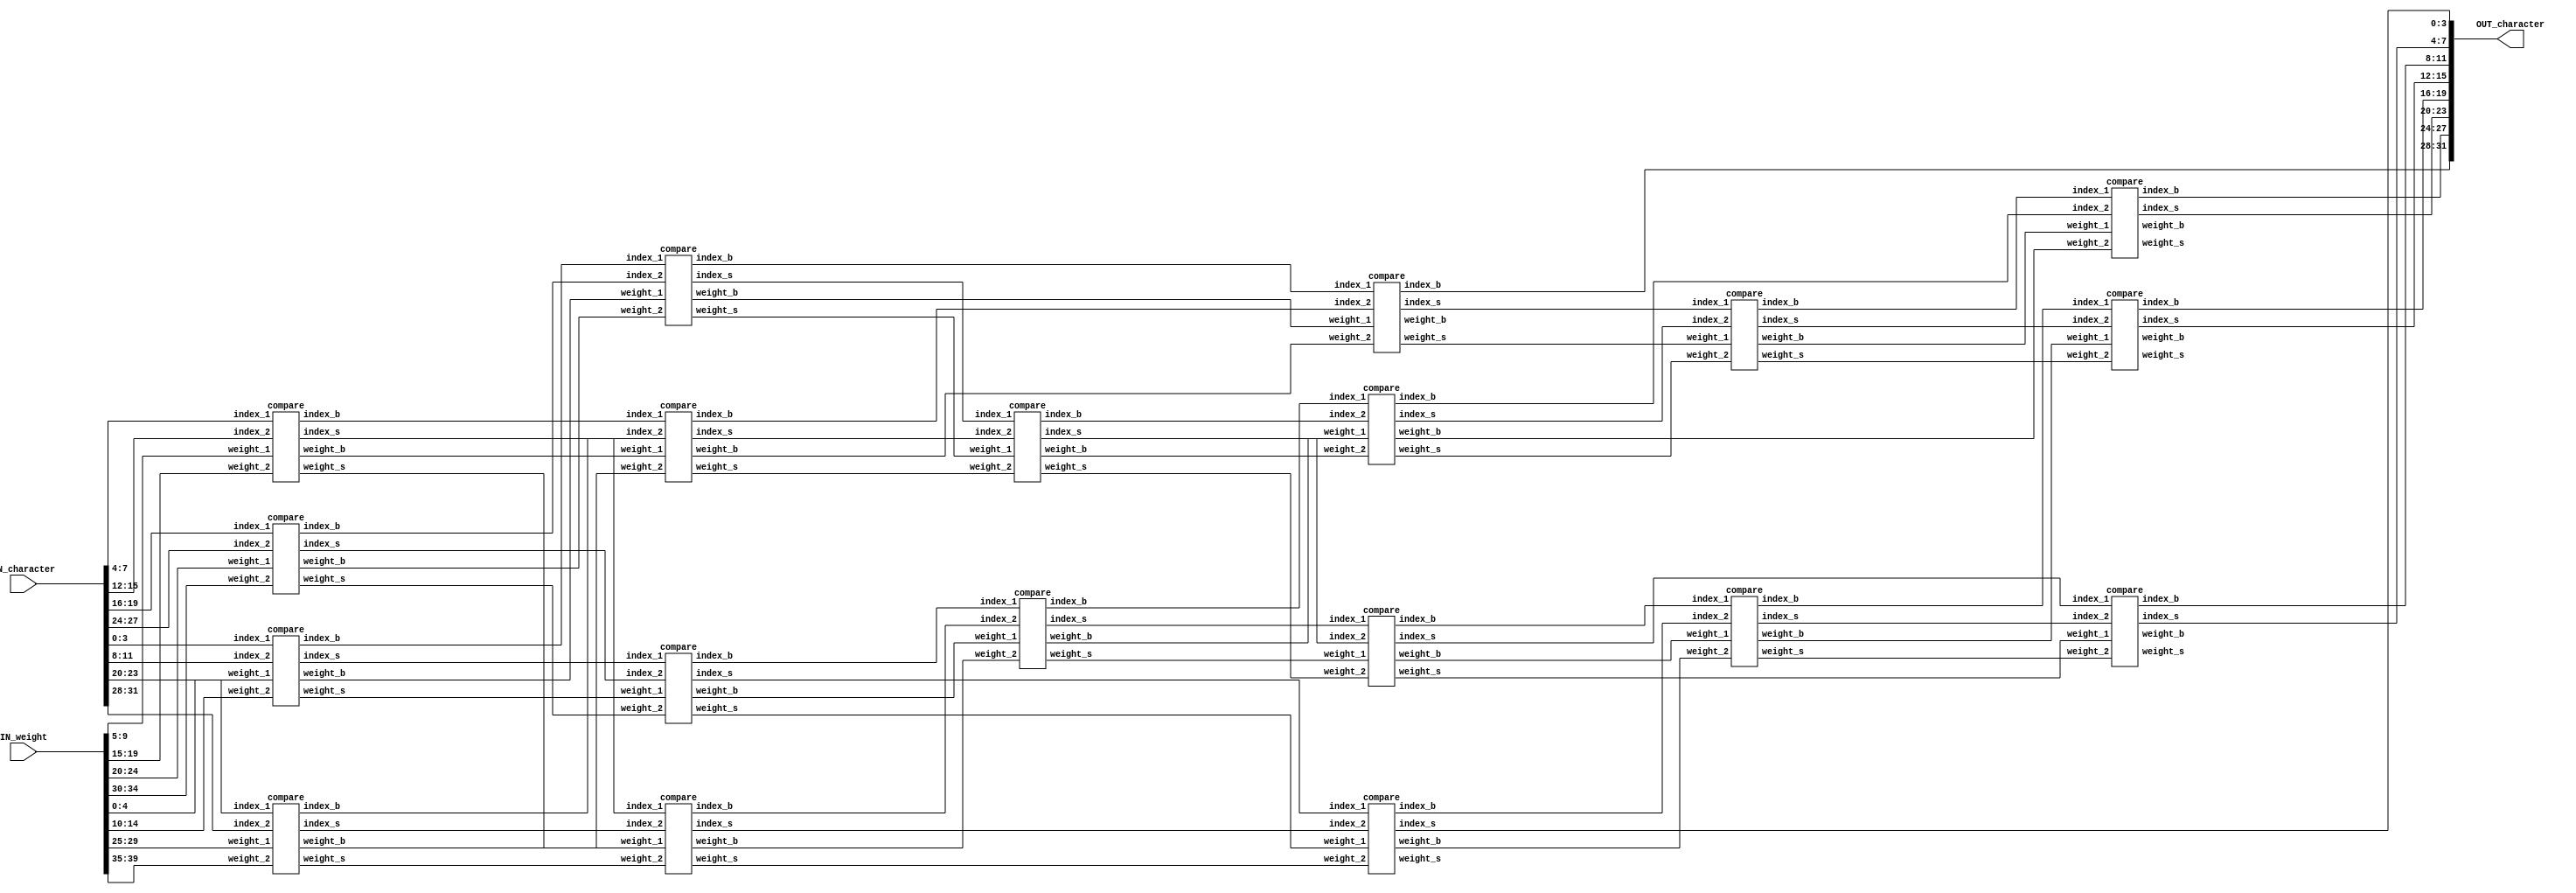
//############################################################################
//++++++++++++++++++++++++++++++++++++++++++++++++++++++++++++++++++++++++++++
//    (C) Copyright System Integration and Silicon Implementation Laboratory
//    All Right Reserved
//		Version		: v1.0
//   	Module Name : SORT_IP
//++++++++++++++++++++++++++++++++++++++++++++++++++++++++++++++++++++++++++++
//############################################################################
module SORT_IP #(parameter IP_WIDTH = 8) (
    // Input signals
    IN_character, IN_weight,
    // Output signals
    OUT_character
);

// ===============================================================
// Input & Output
// ===============================================================
input [IP_WIDTH*4-1:0]  IN_character;
input [IP_WIDTH*5-1:0]  IN_weight;

output [IP_WIDTH*4-1:0] OUT_character;

// ===============================================================
// Design
// ===============================================================

generate
    if(IP_WIDTH == 3) 
    begin
        wire [3:0] index[0:2];
        wire [4:0] weight[0:2];
        wire [4:0] w[0:5];
        wire [3:0] i[0:5];

        assign index[0] = IN_character[3:0];
        assign index[1] = IN_character[7:4];
        assign index[2] = IN_character[11:8];
        assign weight[0] = IN_weight[4:0];
        assign weight[1] = IN_weight[9:5];
        assign weight[2] = IN_weight[14:10];   

        compare c0(.index_1(index[0]) ,.index_2(index[2]),.weight_1(weight[0]),.weight_2(weight[2]),.index_b(i[0]),.index_s(i[1]),.weight_b(w[0]), .weight_s(w[1]));
        compare c1(.index_1(i[0]) ,.index_2(index[1]),.weight_1(w[0]),.weight_2(weight[1]),.index_b(i[2]),.index_s(i[3]),.weight_b(w[2]), .weight_s(w[3]));
        compare c2(.index_1(i[3]) ,.index_2(i[1]),.weight_1(w[3]),.weight_2(w[1]),.index_b(i[4]),.index_s(i[5]),.weight_b(w[4]), .weight_s(w[5]));

        assign OUT_character = {i[2],i[4],i[5]};
    end

    else if(IP_WIDTH == 4)
    begin
        wire [3:0] index[0:3];
        wire [4:0] weight[0:3];

        wire [3:0] i[0:9];
        wire [4:0] w[0:9];

        assign index[0] = IN_character[3:0];
        assign index[1] = IN_character[7:4];
        assign index[2] = IN_character[11:8];
        assign index[3] = IN_character[15:12];

        assign weight[0] = IN_weight[4:0];
        assign weight[1] = IN_weight[9:5];
        assign weight[2] = IN_weight[14:10];
        assign weight[3] = IN_weight[19:15];

        compare c0(.index_1(index[0]) ,.index_2(index[2]),.weight_1(weight[0]),.weight_2(weight[2]),.index_b(i[0]),.index_s(i[2]),.weight_b(w[0]), .weight_s(w[2]));
        compare c1(.index_1(index[1]) ,.index_2(index[3]),.weight_1(weight[1]),.weight_2(weight[3]),.index_b(i[1]),.index_s(i[3]),.weight_b(w[1]), .weight_s(w[3]));

        compare c2(.index_1(i[0]) ,.index_2(i[1]),.weight_1(w[0]),.weight_2(w[1]),.index_b(i[4]),.index_s(i[5]),.weight_b(w[4]), .weight_s(w[5]));
        compare c3(.index_1(i[2]) ,.index_2(i[3]),.weight_1(w[2]),.weight_2(w[3]),.index_b(i[6]),.index_s(i[7]),.weight_b(w[6]), .weight_s(w[7]));

        compare c4(.index_1(i[5]) ,.index_2(i[6]),.weight_1(w[5]),.weight_2(w[6]),.index_b(i[8]),.index_s(i[9]),.weight_b(w[8]), .weight_s(w[9]));

        assign OUT_character = {i[4],i[8],i[9],i[7]};
    end

    else if(IP_WIDTH == 5)
    begin
        wire [3:0] index[0:4];
        wire [4:0] weight[0:4];
        wire [3:0] i[0:17];
        wire [4:0] w[0:17];

        assign index[0] = IN_character[3:0];
        assign index[1] = IN_character[7:4];
        assign index[2] = IN_character[11:8];
        assign index[3] = IN_character[15:12];
        assign index[4] = IN_character[19:16];

        assign weight[0] = IN_weight[4:0];
        assign weight[1] = IN_weight[9:5];
        assign weight[2] = IN_weight[14:10];
        assign weight[3] = IN_weight[19:15];
        assign weight[4] = IN_weight[24:20];

        compare c0(.index_1(index[0]) ,.index_2(index[3]),.weight_1(weight[0]),.weight_2(weight[3]),.index_b(i[0]),.index_s(i[2]),.weight_b(w[0]), .weight_s(w[2]));
        compare c1(.index_1(index[1]) ,.index_2(index[4]),.weight_1(weight[1]),.weight_2(weight[4]),.index_b(i[1]),.index_s(i[3]),.weight_b(w[1]), .weight_s(w[3]));

        compare c2(.index_1(i[0]) ,.index_2(index[2]),.weight_1(w[0]),.weight_2(weight[2]),.index_b(i[4]),.index_s(i[6]),.weight_b(w[4]), .weight_s(w[6]));
        compare c3(.index_1(i[1]) ,.index_2(i[2]),.weight_1(w[1]),.weight_2(w[2]),.index_b(i[5]),.index_s(i[7]),.weight_b(w[5]), .weight_s(w[7]));

        compare c4(.index_1(i[4]) ,.index_2(i[5]),.weight_1(w[4]),.weight_2(w[5]),.index_b(i[8]),.index_s(i[9]),.weight_b(w[8]), .weight_s(w[9]));
        compare c5(.index_1(i[6]) ,.index_2(i[3]),.weight_1(w[6]),.weight_2(w[3]),.index_b(i[10]),.index_s(i[11]),.weight_b(w[10]), .weight_s(w[11])); 

        compare c6(.index_1(i[9]) ,.index_2(i[10]),.weight_1(w[9]),.weight_2(w[10]),.index_b(i[12]),.index_s(i[13]),.weight_b(w[12]), .weight_s(w[13]));
        compare c7(.index_1(i[7]) ,.index_2(i[11]),.weight_1(w[7]),.weight_2(w[11]),.index_b(i[14]),.index_s(i[15]),.weight_b(w[14]), .weight_s(w[15])); 

        compare c8(.index_1(i[13]) ,.index_2(i[14]),.weight_1(w[13]),.weight_2(w[14]),.index_b(i[16]),.index_s(i[17]),.weight_b(w[16]), .weight_s(w[17]));    

        assign OUT_character = {i[8],i[12],i[16],i[17],i[15]};       
    end

    else if(IP_WIDTH == 6)
    begin
        wire [3:0] index[0:5];
        wire [4:0] weight[0:5];
        wire [3:0] i[0:23];
        wire [4:0] w[0:23];

        assign index[0] = IN_character[3:0];
        assign index[1] = IN_character[7:4];
        assign index[2] = IN_character[11:8];
        assign index[3] = IN_character[15:12];
        assign index[4] = IN_character[19:16];
        assign index[5] = IN_character[23:20];

        assign weight[0] = IN_weight[4:0];
        assign weight[1] = IN_weight[9:5];
        assign weight[2] = IN_weight[14:10];
        assign weight[3] = IN_weight[19:15];
        assign weight[4] = IN_weight[24:20];
        assign weight[5] = IN_weight[29:25];

        compare c0(.index_1(index[0]) ,.index_2(index[5]),.weight_1(weight[0]),.weight_2(weight[5]),.index_b(i[0]),.index_s(i[5]),.weight_b(w[0]), .weight_s(w[5]));
        compare c1(.index_1(index[1]) ,.index_2(index[3]),.weight_1(weight[1]),.weight_2(weight[3]),.index_b(i[1]),.index_s(i[3]),.weight_b(w[1]), .weight_s(w[3]));
        compare c2(.index_1(index[2]) ,.index_2(index[4]),.weight_1(weight[2]),.weight_2(weight[4]),.index_b(i[2]),.index_s(i[4]),.weight_b(w[2]), .weight_s(w[4]));

        compare c3(.index_1(i[1]) ,.index_2(i[2]),.weight_1(w[1]),.weight_2(w[2]),.index_b(i[6]),.index_s(i[7]),.weight_b(w[6]), .weight_s(w[7]));
        compare c4(.index_1(i[3]) ,.index_2(i[4]),.weight_1(w[3]),.weight_2(w[4]),.index_b(i[8]),.index_s(i[9]),.weight_b(w[8]), .weight_s(w[9]));

        compare c5(.index_1(i[0]) ,.index_2(i[8]),.weight_1(w[0]),.weight_2(w[8]),.index_b(i[10]),.index_s(i[12]),.weight_b(w[10]), .weight_s(w[12]));
        compare c6(.index_1(i[7]) ,.index_2(i[5]),.weight_1(w[7]),.weight_2(w[5]),.index_b(i[11]),.index_s(i[13]),.weight_b(w[11]), .weight_s(w[13]));

        compare c7(.index_1(i[10]) ,.index_2(i[6]),.weight_1(w[10]),.weight_2(w[6]),.index_b(i[14]),.index_s(i[15]),.weight_b(w[14]), .weight_s(w[15]));
        compare c8(.index_1(i[11]) ,.index_2(i[12]),.weight_1(w[11]),.weight_2(w[12]),.index_b(i[16]),.index_s(i[17]),.weight_b(w[16]), .weight_s(w[17]));
        compare c9(.index_1(i[9]) ,.index_2(i[13]),.weight_1(w[9]),.weight_2(w[13]),.index_b(i[18]),.index_s(i[19]),.weight_b(w[18]), .weight_s(w[19]));

        compare c10(.index_1(i[15]) ,.index_2(i[16]),.weight_1(w[15]),.weight_2(w[16]),.index_b(i[20]),.index_s(i[21]),.weight_b(w[20]), .weight_s(w[21]));
        compare c11(.index_1(i[17]) ,.index_2(i[18]),.weight_1(w[17]),.weight_2(w[18]),.index_b(i[22]),.index_s(i[23]),.weight_b(w[22]), .weight_s(w[23]));

        assign OUT_character = {i[14],i[20],i[21],i[22],i[23],i[19]};
    end

    else if(IP_WIDTH == 7)
    begin
        wire [3:0] index[0:6];
        wire [4:0] weight[0:6];
        wire [3:0] i[0:31];
        wire [4:0] w[0:31];

        assign index[0] = IN_character[3:0];
        assign index[1] = IN_character[7:4];
        assign index[2] = IN_character[11:8];
        assign index[3] = IN_character[15:12];
        assign index[4] = IN_character[19:16];
        assign index[5] = IN_character[23:20];
        assign index[6] = IN_character[27:24];

        assign weight[0] = IN_weight[4:0];
        assign weight[1] = IN_weight[9:5];
        assign weight[2] = IN_weight[14:10];
        assign weight[3] = IN_weight[19:15];
        assign weight[4] = IN_weight[24:20];
        assign weight[5] = IN_weight[29:25];
        assign weight[6] = IN_weight[34:30];

        compare c0(.index_1(index[0]) ,.index_2(index[6]),.weight_1(weight[0]),.weight_2(weight[6]),.index_b(i[0]),.index_s(i[1]),.weight_b(w[0]), .weight_s(w[1]));
        compare c1(.index_1(index[2]) ,.index_2(index[3]),.weight_1(weight[2]),.weight_2(weight[3]),.index_b(i[2]),.index_s(i[3]),.weight_b(w[2]), .weight_s(w[3]));
        compare c2(.index_1(index[4]) ,.index_2(index[5]),.weight_1(weight[4]),.weight_2(weight[5]),.index_b(i[4]),.index_s(i[5]),.weight_b(w[4]), .weight_s(w[5]));
        
        compare c3(.index_1(index[1]) ,.index_2(i[4]),.weight_1(weight[1]),.weight_2(w[4]),.index_b(i[6]),.index_s(i[7]),.weight_b(w[6]), .weight_s(w[7]));
        compare c4(.index_1(i[0]) ,.index_2(i[2]),.weight_1(w[0]),.weight_2(w[2]),.index_b(i[8]),.index_s(i[9]),.weight_b(w[8]), .weight_s(w[9]));
        compare c5(.index_1(i[3]) ,.index_2(i[1]),.weight_1(w[3]),.weight_2(w[1]),.index_b(i[10]),.index_s(i[11]),.weight_b(w[10]), .weight_s(w[11]));
        
        compare c6(.index_1(i[8]) ,.index_2(i[6]),.weight_1(w[8]),.weight_2(w[6]),.index_b(i[12]),.index_s(i[13]),.weight_b(w[12]), .weight_s(w[13]));
        compare c7(.index_1(i[10]) ,.index_2(i[7]),.weight_1(w[10]),.weight_2(w[7]),.index_b(i[14]),.index_s(i[15]),.weight_b(w[14]), .weight_s(w[15]));
        compare c8(.index_1(i[9]) ,.index_2(i[5]),.weight_1(w[9]),.weight_2(w[5]),.index_b(i[16]),.index_s(i[17]),.weight_b(w[16]), .weight_s(w[17]));
        
        compare c9(.index_1(i[13]) ,.index_2(i[16]),.weight_1(w[13]),.weight_2(w[16]),.index_b(i[18]),.index_s(i[19]),.weight_b(w[18]), .weight_s(w[19]));
        compare c10(.index_1(i[15]) ,.index_2(i[11]),.weight_1(w[15]),.weight_2(w[11]),.index_b(i[20]),.index_s(i[21]),.weight_b(w[20]), .weight_s(w[21]));
        
        compare c11(.index_1(i[19]) ,.index_2(i[14]),.weight_1(w[19]),.weight_2(w[14]),.index_b(i[22]),.index_s(i[23]),.weight_b(w[22]), .weight_s(w[23]));
        compare c12(.index_1(i[20]) ,.index_2(i[17]),.weight_1(w[20]),.weight_2(w[17]),.index_b(i[24]),.index_s(i[25]),.weight_b(w[24]), .weight_s(w[25]));
        
        compare c13(.index_1(i[18]) ,.index_2(i[22]),.weight_1(w[18]),.weight_2(w[22]),.index_b(i[26]),.index_s(i[27]),.weight_b(w[26]), .weight_s(w[27]));
        compare c14(.index_1(i[23]) ,.index_2(i[24]),.weight_1(w[23]),.weight_2(w[24]),.index_b(i[28]),.index_s(i[29]),.weight_b(w[28]), .weight_s(w[29]));
        compare c15(.index_1(i[25]) ,.index_2(i[21]),.weight_1(w[25]),.weight_2(w[21]),.index_b(i[30]),.index_s(i[31]),.weight_b(w[30]), .weight_s(w[31]));

        assign OUT_character = {i[12],i[26],i[27],i[28],i[29],i[30],i[31]};
    end

    else if(IP_WIDTH == 8)
    begin
        wire [3:0] index[7:0];
        wire [4:0] weight[7:0];
        wire [3:0] i[0:37];
        wire [4:0] w[0:37];

        assign index[0] = IN_character[3:0];
        assign index[1] = IN_character[7:4];
        assign index[2] = IN_character[11:8];
        assign index[3] = IN_character[15:12];
        assign index[4] = IN_character[19:16];
        assign index[5] = IN_character[23:20];
        assign index[6] = IN_character[27:24];
        assign index[7] = IN_character[31:28];

        assign weight[0] = IN_weight[4:0];
        assign weight[1] = IN_weight[9:5];
        assign weight[2] = IN_weight[14:10];
        assign weight[3] = IN_weight[19:15];
        assign weight[4] = IN_weight[24:20];
        assign weight[5] = IN_weight[29:25];
        assign weight[6] = IN_weight[34:30];
        assign weight[7] = IN_weight[39:35];

        compare c0(.index_1(index[1]) ,.index_2(index[3]),.weight_1(weight[1]),.weight_2(weight[3]),.index_b(i[0]),.index_s(i[1]),.weight_b(w[0]), .weight_s(w[1]));
        compare c1(.index_1(index[4]) ,.index_2(index[6]),.weight_1(weight[4]),.weight_2(weight[6]),.index_b(i[2]),.index_s(i[3]),.weight_b(w[2]), .weight_s(w[3]));
        compare c2(.index_1(index[0]) ,.index_2(index[2]),.weight_1(weight[0]),.weight_2(weight[2]),.index_b(i[4]),.index_s(i[5]),.weight_b(w[4]), .weight_s(w[5]));
        compare c3(.index_1(index[5]) ,.index_2(index[7]),.weight_1(weight[5]),.weight_2(weight[7]),.index_b(i[6]),.index_s(i[7]),.weight_b(w[6]), .weight_s(w[7]));

        compare c4(.index_1(i[4]) ,.index_2(i[2]),.weight_1(w[4]),.weight_2(w[2]),.index_b(i[8]),.index_s(i[9]),.weight_b(w[8]), .weight_s(w[9]));
        compare c5(.index_1(i[0]) ,.index_2(i[6]),.weight_1(w[0]),.weight_2(w[6]),.index_b(i[10]),.index_s(i[11]),.weight_b(w[10]), .weight_s(w[11]));     
        compare c6(.index_1(i[5]) ,.index_2(i[3]),.weight_1(w[5]),.weight_2(w[3]),.index_b(i[12]),.index_s(i[13]),.weight_b(w[12]), .weight_s(w[13]));
        compare c7(.index_1(i[1]) ,.index_2(i[7]),.weight_1(w[1]),.weight_2(w[7]),.index_b(i[14]),.index_s(i[15]),.weight_b(w[14]), .weight_s(w[15]));

        compare c8(.index_1(i[8]) ,.index_2(i[10]),.weight_1(w[8]),.weight_2(w[10]),.index_b(i[16]),.index_s(i[17]),.weight_b(w[16]), .weight_s(w[17]));
        compare c9(.index_1(i[12]) ,.index_2(i[14]),.weight_1(w[12]),.weight_2(w[14]),.index_b(i[18]),.index_s(i[19]),.weight_b(w[18]), .weight_s(w[19]));
        compare c10(.index_1(i[9]) ,.index_2(i[11]),.weight_1(w[9]),.weight_2(w[11]),.index_b(i[20]),.index_s(i[21]),.weight_b(w[20]), .weight_s(w[21]));
        compare c11(.index_1(i[13]) ,.index_2(i[15]),.weight_1(w[13]),.weight_2(w[15]),.index_b(i[22]),.index_s(i[23]),.weight_b(w[22]), .weight_s(w[23]));

        compare c12(.index_1(i[18]) ,.index_2(i[20]),.weight_1(w[18]),.weight_2(w[20]),.index_b(i[24]),.index_s(i[25]),.weight_b(w[24]), .weight_s(w[25]));
        compare c13(.index_1(i[19]) ,.index_2(i[21]),.weight_1(w[19]),.weight_2(w[21]),.index_b(i[26]),.index_s(i[27]),.weight_b(w[26]), .weight_s(w[27]));
        compare c14(.index_1(i[17]) ,.index_2(i[25]),.weight_1(w[17]),.weight_2(w[25]),.index_b(i[28]),.index_s(i[29]),.weight_b(w[28]), .weight_s(w[29]));
        compare c15(.index_1(i[26]) ,.index_2(i[22]),.weight_1(w[26]),.weight_2(w[22]),.index_b(i[30]),.index_s(i[31]),.weight_b(w[30]), .weight_s(w[31]));

        compare c16(.index_1(i[28]) ,.index_2(i[24]),.weight_1(w[28]),.weight_2(w[24]),.index_b(i[32]),.index_s(i[33]),.weight_b(w[32]), .weight_s(w[33]));
        compare c17(.index_1(i[30]) ,.index_2(i[29]),.weight_1(w[30]),.weight_2(w[29]),.index_b(i[34]),.index_s(i[35]),.weight_b(w[34]), .weight_s(w[35]));
        compare c18(.index_1(i[27]) ,.index_2(i[31]),.weight_1(w[27]),.weight_2(w[31]),.index_b(i[36]),.index_s(i[37]),.weight_b(w[36]), .weight_s(w[37]));

        assign OUT_character = {i[16],i[32],i[33],i[34],i[35],i[36],i[37],i[23]};
    end

    else
    begin
        wire [3:0] index[0:2];
        wire [4:0] weight[0:2];
        wire [4:0] w[0:5];
        wire [3:0] i[0:5];

        assign index[0] = IN_character[3:0];
        assign index[1] = IN_character[7:4];
        assign index[2] = IN_character[11:8];
        assign weight[0] = IN_weight[4:0];
        assign weight[1] = IN_weight[9:5];
        assign weight[2] = IN_weight[14:10];   

        compare c0(.index_1(index[0]) ,.index_2(index[2]),.weight_1(weight[0]),.weight_2(weight[2]),.index_b(i[0]),.index_s(i[1]),.weight_b(w[0]), .weight_s(w[1]));
        compare c1(.index_1(i[0]) ,.index_2(index[1]),.weight_1(w[0]),.weight_2(weight[1]),.index_b(i[2]),.index_s(i[3]),.weight_b(w[2]), .weight_s(w[3]));
        compare c2(.index_1(i[3]) ,.index_2(i[1]),.weight_1(w[3]),.weight_2(w[1]),.index_b(i[4]),.index_s(i[5]),.weight_b(w[4]), .weight_s(w[5]));

        assign OUT_character = {i[2],i[4],i[5]};
    end
endgenerate
endmodule

module compare(
   index_1, 
   index_2,
   weight_1,
   weight_2,
   //output
   index_b,
   index_s,
   weight_b,
   weight_s
);

input [3:0] index_1;
input [3:0] index_2;
input [4:0] weight_1;
input [4:0] weight_2;

output reg [3:0] index_b;
output reg [3:0] index_s;
output reg [4:0] weight_b;
output reg [4:0] weight_s;


always @ (*)
begin
    if(weight_1 > weight_2 || (weight_1 == weight_2 && index_1 > index_2))
    begin
        index_b = index_1;
        index_s = index_2;
        weight_b = weight_1;
        weight_s = weight_2;
    end

    else
    begin
        index_b = index_2;
        index_s = index_1;
        weight_b = weight_2;
        weight_s = weight_1;
    end
end
endmodule